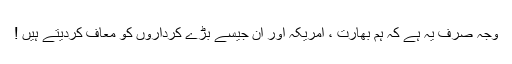
وجہ صرف یہ ہے کہ ہم بھارت ، امریکہ اور ان جیسے بڑے کرداروں کو معاف کردیتے ہیں !